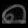
Digit: ၈